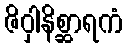
ဇိဝှါနိစ္ဆာရကံ